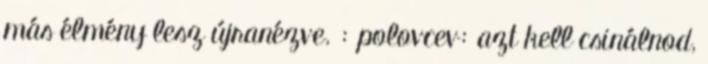
más élmény lesz újranézve. : polovcev: azt kell csinálnod,